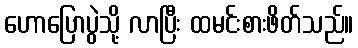
ဟောပြောပွဲသို့ လာပြီး ထမင်းစားဖိတ်သည်။